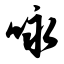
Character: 咏